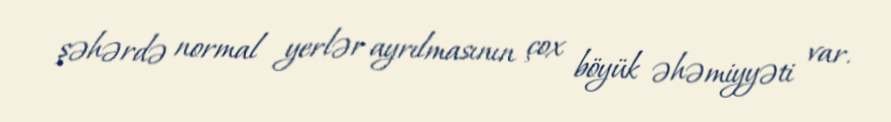
şəhərdə normal yerlər ayrılmasının çox böyük əhəmiyyəti var.